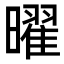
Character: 曜